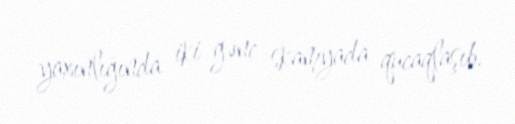
yaxınlığında iki gənc skamyada qucaqlaşıb.